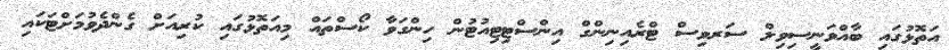
އަތޮޅުގައި ބާއްވަނީސިވިލް ސަރވިސް ޓްރެއިނިންގް އިންސްޓިޓިއުޓުން ހިންގަވާ ކޯސްތައް މިއަތޮޅުގައި ކުރިއަށް ގެންދެވުމަށްޓަކައި